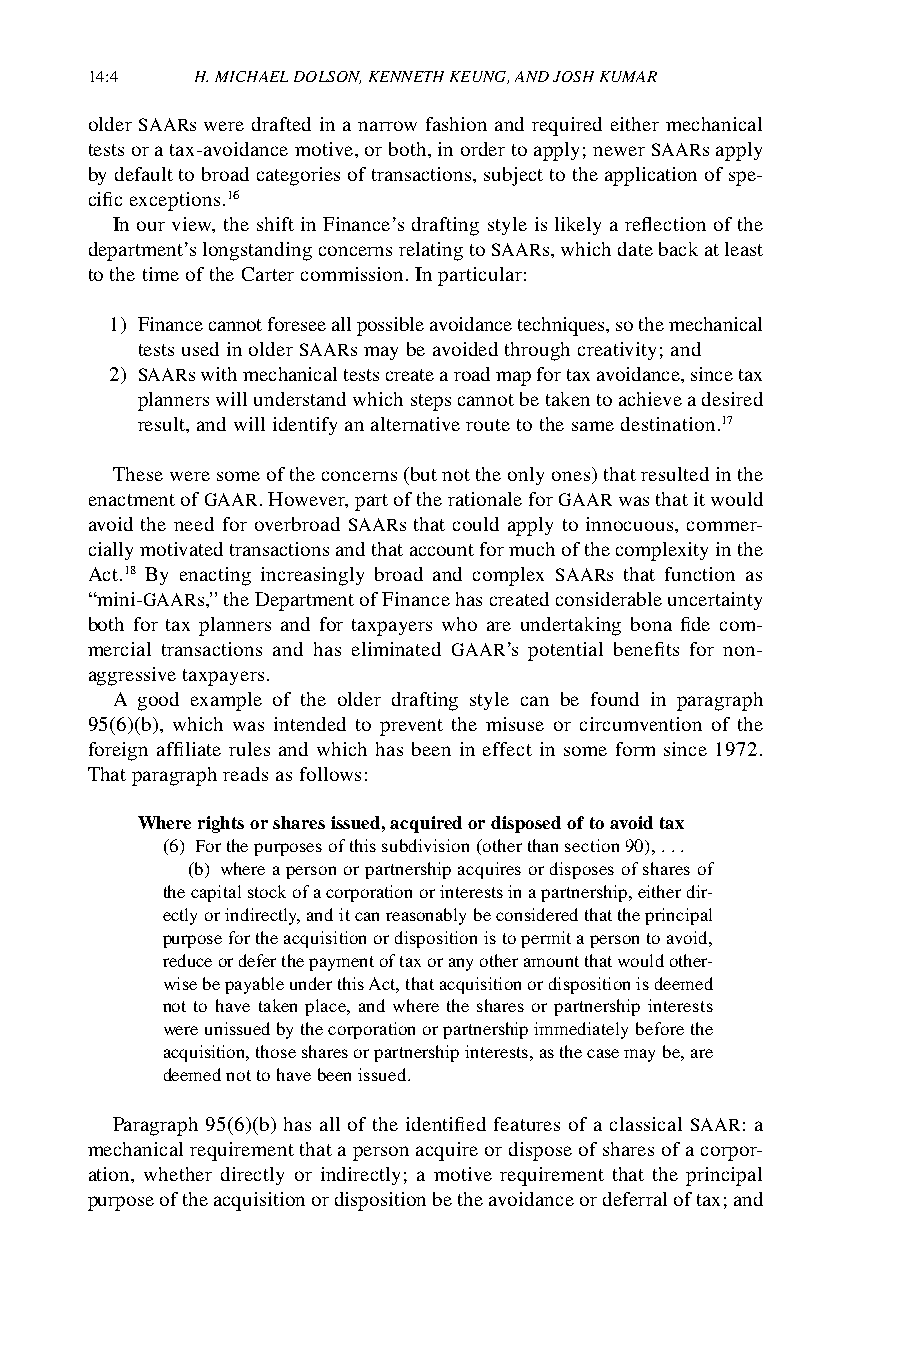
14:4   H. MICHAEL DOLSON, KENNETH KEUNG, AND JOSH KUMAR
 older SAARs were drafted in a narrow fashion and required either mechanical
 tests or a tax-avoidance motive, or both, in order to apply; newer SAARs apply
 by default to broad categories of transactions, subject to the application of spe-
 cific exceptions.16
 In our view, the shift in Finance’s drafting style is likely a reflection of the
 department’s longstanding concerns relating to SAARs, which date back at least
 to the time of the Carter commission. In particular:
 1) Finance cannot foresee all possible avoidance techniques, so the mechanical
 tests used in older SAARs may be avoided through creativity; and
 2) SAARs with mechanical tests create a road map for tax avoidance, since tax
 planners will understand which steps cannot be taken to achieve a desired
 result, and will identify an alternative route to the same destination.17
 These were some of the concerns (but not the only ones) that resulted in the
 enactment of GAAR. However, part of the rationale for GAAR was that it would
 avoid the need for overbroad SAARs that could apply to innocuous, commer-
 cially motivated transactions and that account for much of the complexity in the
 Act.18 By enacting increasingly broad and complex SAARs that function as
 “mini-GAARs,” the Department of Finance has created considerable uncertainty
 both for tax planners and for taxpayers who are undertaking bona fide com-
 mercial transactions and has eliminated GAAR’s potential benefits for non-
 aggressive taxpayers.
 A good example of the older drafting style can be found in paragraph
 95(6)(b), which was intended to prevent the misuse or circumvention of the
 foreign affiliate rules and which has been in effect in some form since 1972.
 That paragraph reads as follows:
 Where rights or shares issued, acquired or disposed of to avoid tax
 (6) For the purposes of this subdivision (other than section 90), . . .
 (b) where a person or partnership acquires or disposes of shares of
 the capital stock of a corporation or interests in a partnership, either dir-
 ectly or indirectly, and it can reasonably be considered that the principal
 purpose for the acquisition or disposition is to permit a person to avoid,
 reduce or defer the payment of tax or any other amount that would other-
 wise be payable under this Act, that acquisition or disposition is deemed
 not to have taken place, and where the shares or partnership interests
 were unissued by the corporation or partnership immediately before the
 acquisition, those shares or partnership interests, as the case may be, are
 deemed not to have been issued.
 Paragraph 95(6)(b) has all of the identified features of a classical SAAR: a
 mechanical requirement that a person acquire or dispose of shares of a corpor-
 ation, whether directly or indirectly; a motive requirement that the principal
 purpose of the acquisition or disposition be the avoidance or deferral of tax; and